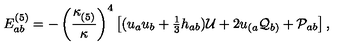
E _ { a b } ^ { ( 5 ) } = - \left( \frac { \kappa _ { ( 5 ) } ^ { } } { \kappa } \right) ^ { 4 } \left[ ( u _ { a } u _ { b } + \textstyle { \frac { 1 } { 3 } } h _ { a b } ) { \cal U } + 2 u _ { ( a } { \cal Q } _ { b ) } + { \cal P } _ { a b } \right] ,